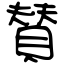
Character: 賛